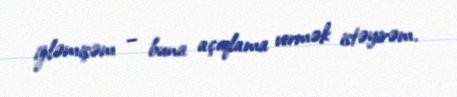
izləmişəm – buna açıqlama vermək istəyirəm.